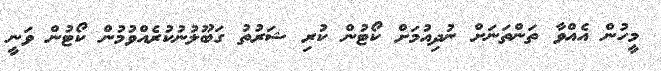
މީހުން އެއްވާ ތަންތަނަށް ނުދިއުމަށް ކޯޓުން ކުރި ޝަރުތު ގަބޫލުނުކުރެއްވުމުން ކޯޓުން ވަނީ